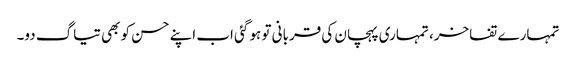
تمہارے تفاخر، تمہاری پہچان کی قربانی تو ہو گئی اب اپنے حسن کو بھی تیاگ دو۔